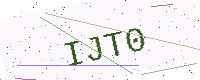
Text: IJT0